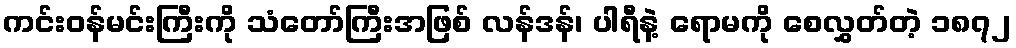
ကင်းဝန်မင်းကြီးကို သံတော်ကြီးအဖြစ် လန်ဒန်၊ ပါရီနဲ့ ရောမကို စေလွှတ်တဲ့ ၁၈၇၂